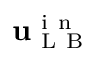
\mathbf { u } _ { \mathrm { ~ L ~ B ~ } } ^ { \mathrm { ~ i ~ n ~ } }